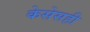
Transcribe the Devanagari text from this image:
केसेसही